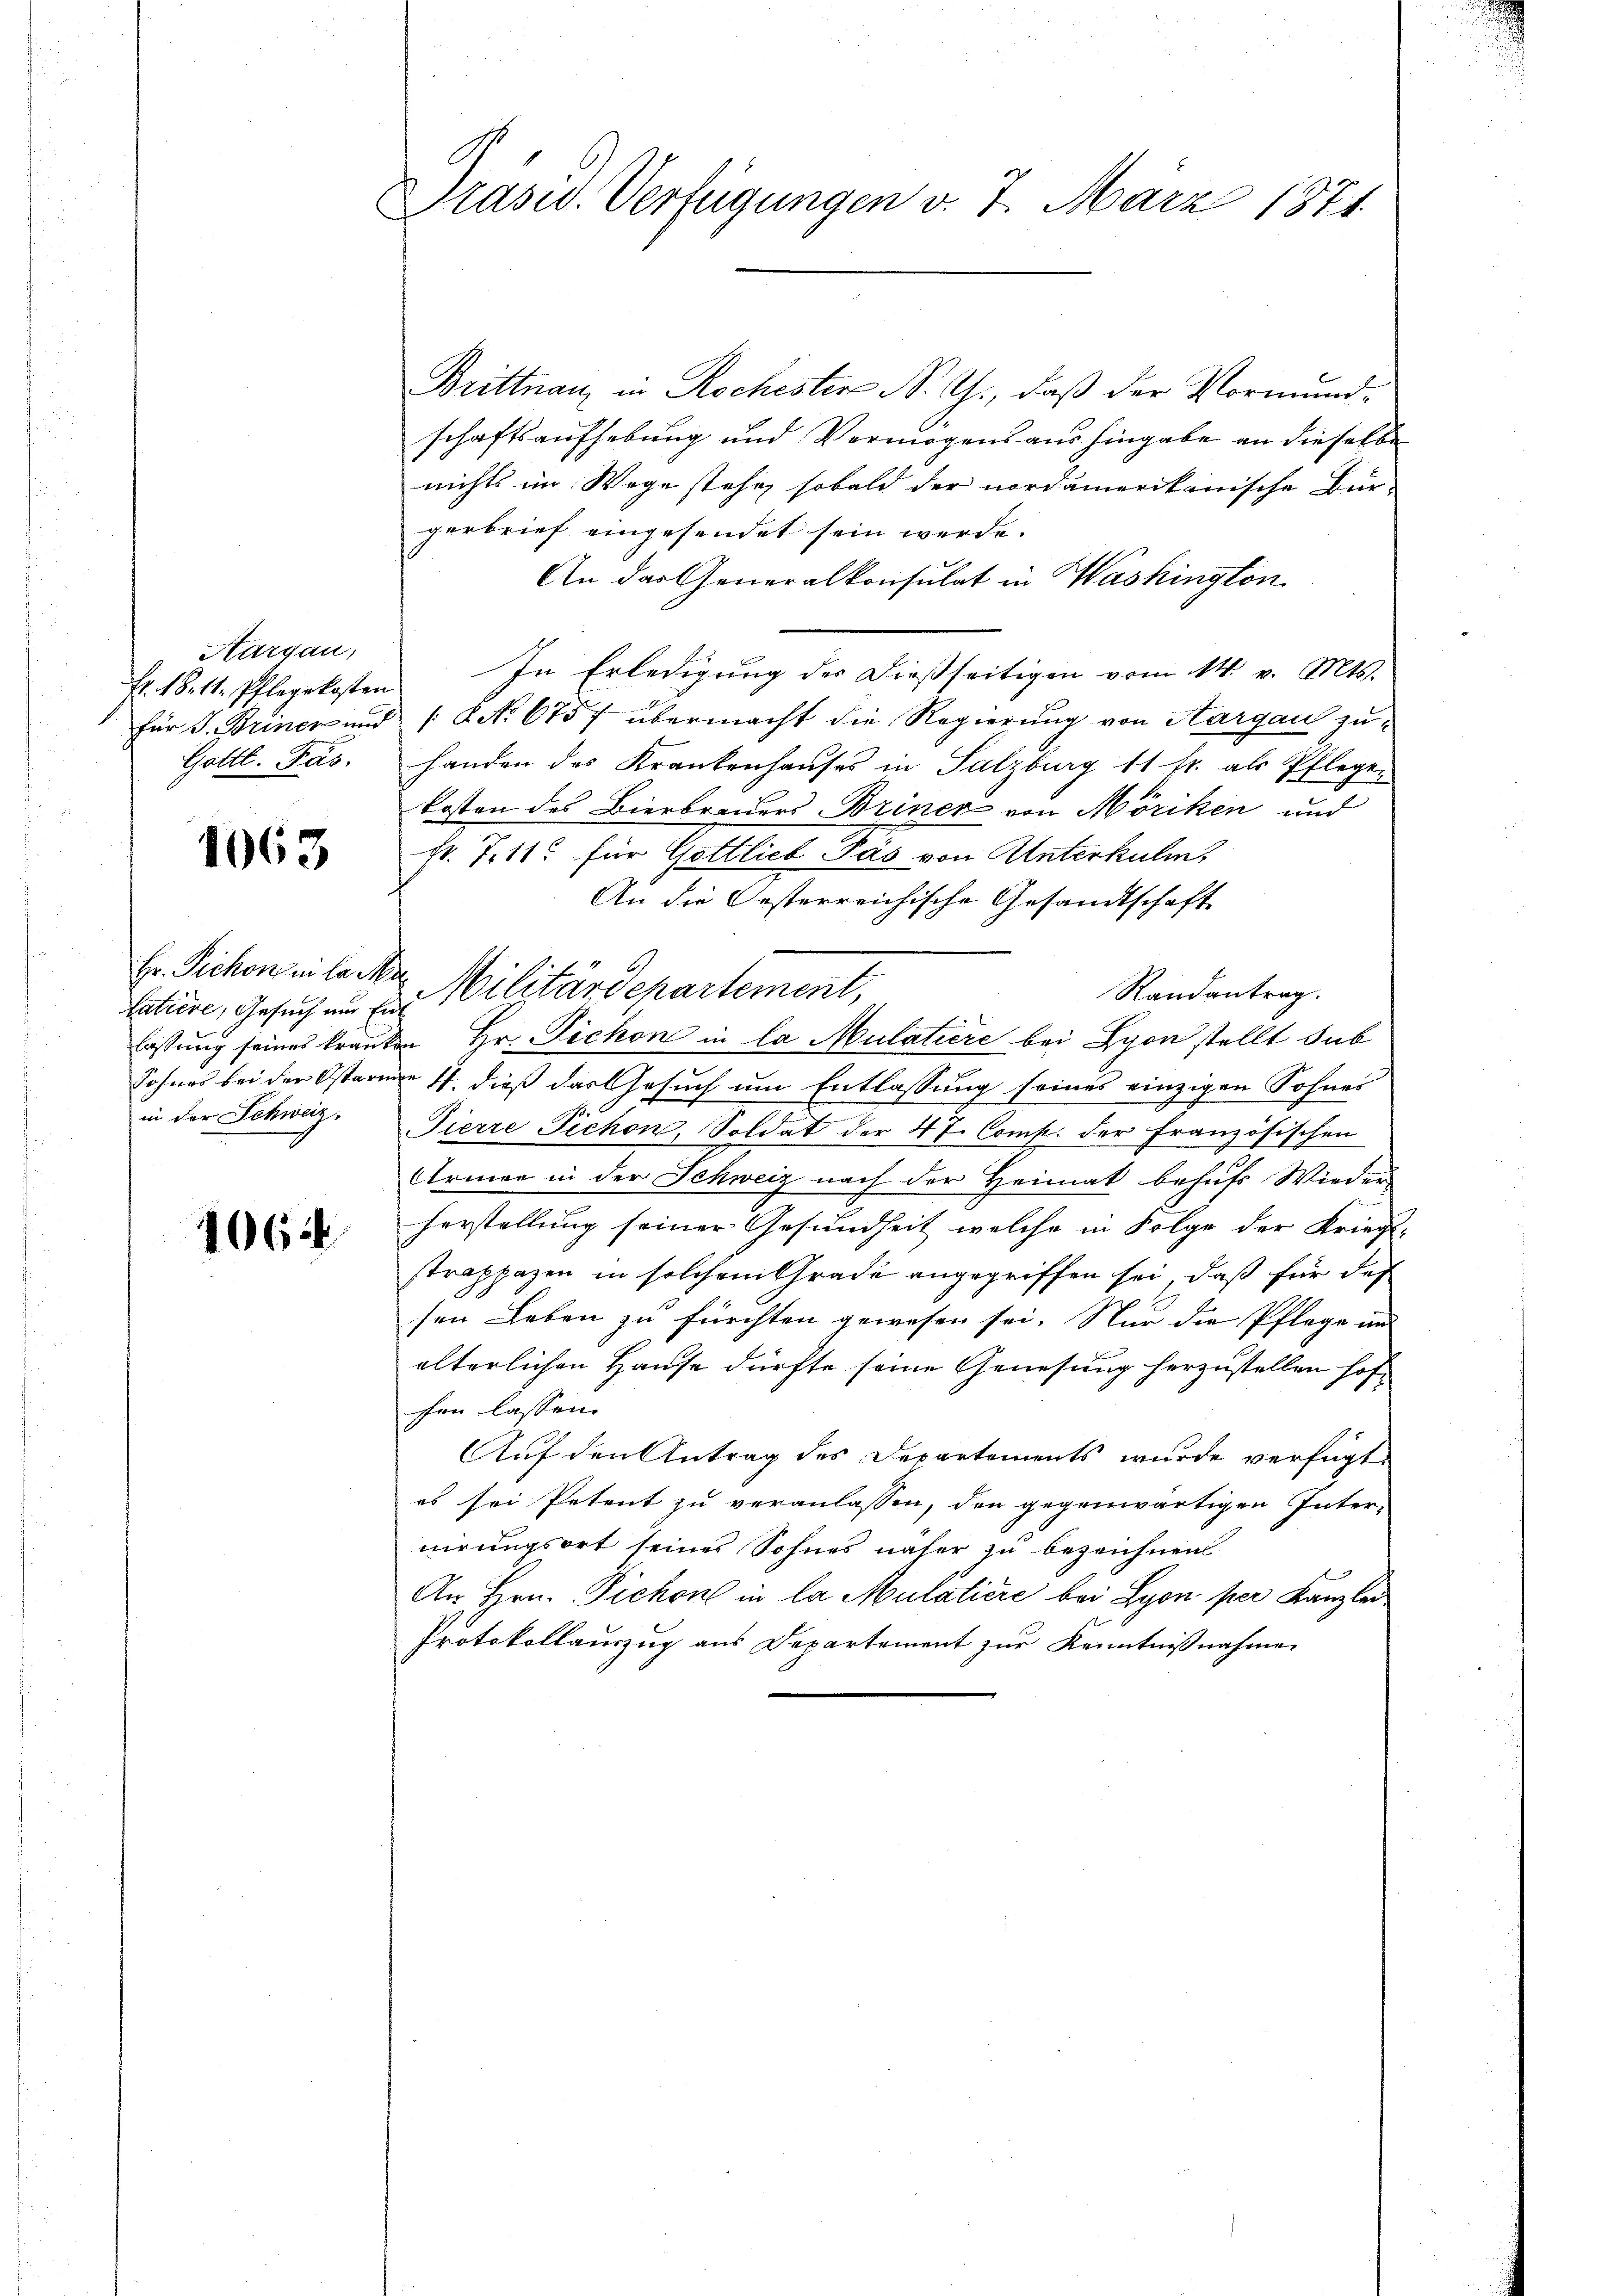
Aargau,
Fr. 18. 11. Pflegekosten
Gottl. Pas

1063

atière, Gesuch und Ent
in der Schweiz.

1064

Präsid. Verfügungen v. 7. März 1871.

Brittnau in Rochester N. G., daß der Vormundschaftsaufhebung und Vermögens aus hingabe an dieselbe
nichts im Wege stehe, sobald der nordamerikanische Bür-
gerbrief eingesendet sein werde.
An das Generalkonsulat in Washington
In Erledigung des dießseitigen vom 14. v. Mts.
für J. Brinen und / NNo. 6757 übermacht die Regierung von Aargau zuhanden des Krankenhauses in Salzburg 11 fr. als Pflegen
kosten des Bierbrauers Briner von Möriken und
fr. 7. 11. für Gottlich Pas von Unterkulin
An die Oesterreichische Gesandtschaft
Hr. Pichoneile in Militärdepartement,
Randantrag.
lassung seines kranken Hr. Fichon in la Mulatiere bei Syon stellt sub
Sohnes bei der Osterien 11. dieß das Gesuch um Entlassung seines einzigen Sohnes
Tierre Pichon, Soldat der 47. Comp. der Französischen
Armen in der Schweiz nach der Heimat behufs Wieder
herstellung seiner Gesundheit welche in Folge der Kriegs-
strapazen in solchem Grade angegriffen sei, daß für des
sen Leben zu fürchten gewesen sei. Nur die Pflege in
älterlichen Hause dürfte seine Genesung herzustellen hofhen lassen.
Auf den Antrag des Departements wurde verfügt
es sei Petent zu veranlassen, den gegenwärtigen Inter-
nirungsort seines Sohnes näher zu bezeichnen
An Hrn. Fichon in la Mulatiere bei Lyon per Kanzlei
Protokollauszug aus Departement zur Kenntnißnahme